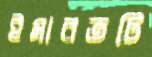
ইমারতটি